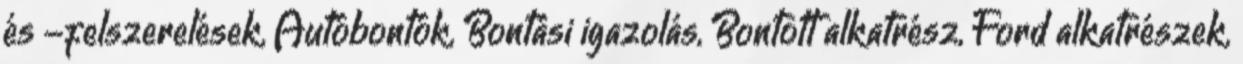
és -felszerelések, Autóbontók, Bontási igazolás, Bontott alkatrész, Ford alkatrészek,